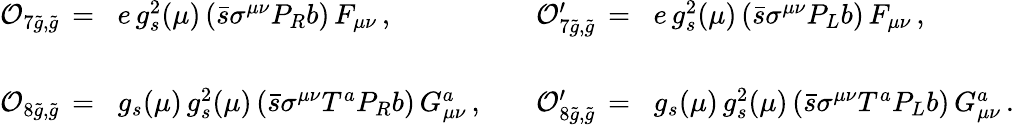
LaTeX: \begin{array}{llll}{{{\cal O}_{7\tilde{g},\tilde{g}}\, =}}&{{\! e\, g_{s}^{2}(\mu)\, (\bar{s}\sigma^{\mu\nu}P_{R}b)\, F_{\mu\nu}\, ,}}&{{\quad{\cal O}_{7\tilde{g},\tilde{g}}^{\prime}\, =}}&{{\! e\, g_{s}^{2}(\mu)\, (\bar{s}\sigma^{\mu\nu}P_{L}b)\, F_{\mu\nu}\, ,}}\\ {{}}&{{}}\\ {{{\cal O}_{8\tilde{g},\tilde{g}}\, =}}&{{\! g_{s}(\mu)\, g_{s}^{2}(\mu)\, (\bar{s}\sigma^{\mu\nu}T^{a}P_{R}b)\, G_{\mu\nu}^{a}\, ,}}&{{\quad{\cal O}_{8\tilde{g},\tilde{g}}^{\prime}\, =}}&{{\! g_{s}(\mu)\, g_{s}^{2}(\mu)\, (\bar{s}\sigma^{\mu\nu}T^{a}P_{L}b)\, G_{\mu\nu}^{a}\, .}}\end{array}